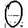
Digit: 0